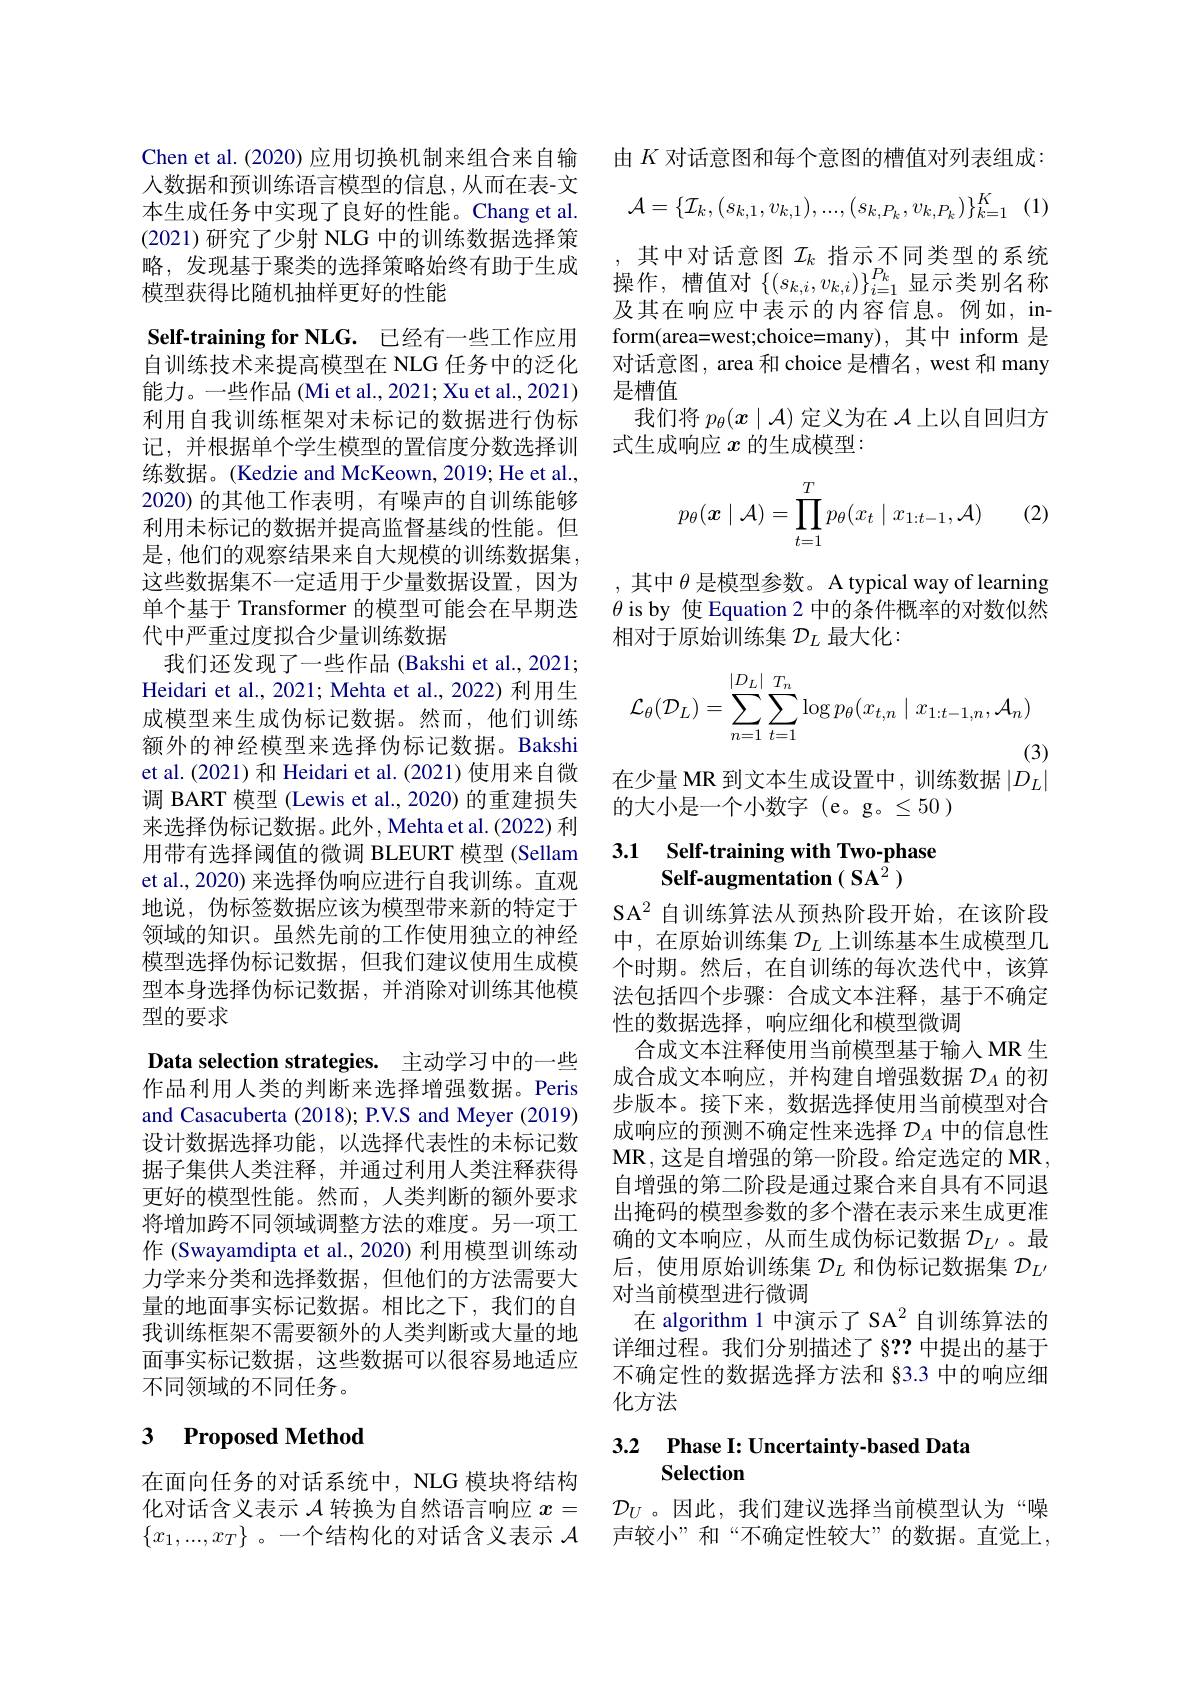
Chen et al. (2020) 应用切换机制来组合来自输人数据和预训练语言模型的信息，从而在表-文本生成任务中实现了良好的性能。Chang et al. (2021)研究了少射 NLG 中的训练数据选择策略，发现基于聚类的选择策略始终有助于生成模型获得比随机抽样更好的性能

Self-training for NLG. 已经有一些工作应用自训练技术来提高模型在 NLG 任务中的泛化能力。一些作品(Mi et al., 2021; Xu et al., 2021) 利用自我训练框架对未标记的数据进行伪标记，并根据单个学生模型的置信度分数选择训练数据。(Kedzie and McKeown, 2019; He et al., 2020)的其他工作表明，有噪声的自训练能够利用未标记的数据并提高监督基线的性能。但是，他们的观察结果来自大规模的训练数据集， 这些数据集不一定适用于少量数据设置，因为单个基于 Transformer 的模型可能会在早期迭代中严重过度拟合少量训练数据
我们还发现了一些作品 (Bakshi et al., 2021; Heidari et al., 2021; Mehta et al., 2022) 利用生成模型来生成伪标记数据。然而，他们训练额外的神经模型来选择伪标记数据。Bakshi et al.(2021) 和 Heidari et al.(2021) 使用来自微调 BART 模型 (Lewis et al.,2020) 的重建损失来选择伪标记数据。此外，Mehta et al.(2022) 利用带有选择阈值的微调 BLEURT 模型 (Sellam et al., 2020) 来选择伪响应进行自我训练。直观地说，伪标签数据应该为模型带来新的特定于领域的知识。虽然先前的工作使用独立的神经模型选择伪标记数据，但我们建议使用生成模型本身选择伪标记数据，并消除对训练其他模型的要求
Data selection strategies. 主动学习中的一些作品利用人类的判断来选择增强数据。Peris and Casacuberta (2018); P.V.S and Meyer (2019) 设计数据选择功能，以选择代表性的未标记数据子集供人类注释，并通过利用人类注释获得更好的模型性能。然而，人类判断的额外要求将增加跨不同领域调整方法的难度。另一项工作 (Swayamdipta et al., 2020) 利用模型训练动力学来分类和选择数据，但他们的方法需要大量的地面事实标记数据。相比之下，我们的自我训练框架不需要额外的人类判断或大量的地面事实标记数据，这些数据可以很容易地适应不同领域的不同任务。

# 3 Proposed Method

在面向任务的对话系统中，NLG 模块将结构化对话含义表示$\mathcal{A}$转换为自然语言响应$x=$ $\{x_1,...,x_T\}$ 。一个结构化的对话含义表示$\mathcal{A}$

由$K$对话意图和每个意图的槽值对列表组成：
$$\mathcal{A}=\{\mathcal{I}_{k},(s_{k,1},v_{k,1}),...,(s_{k,P_{k}},v_{k,P_{k}})\}_{k=1}^{K}\:(1)$$
,其中对话意图$\mathcal{I}_k$指示不同类型的系统操作，槽值对$\{(s_{k,i},v_{k,i})\}_{i=1}^{P_k}$显示类别名称及其在响应中表示的内容信息。例如，inform(area=west;choice=many),其中 inform 是对话意图，area 和 choice 是槽名，west 和 many 是槽值
我们将$p_\theta(x\mid\mathcal{A})$定义为在$\mathcal{A}$上以自回归方
式生成响应$x$的生成模型：
$$p_\theta(\boldsymbol x\mid\mathcal A)=\prod_{t=1}^Tp_\theta(x_t\mid x_{1:t-1},\mathcal A)$$
(2)

,其中$\theta$是模型参数。A typical way of learning $\theta$ is by 使 Equation 2 中的条件概率的对数似然相对于原始训练集$\mathcal{D}_L$最大化：
$$\mathcal{L}_{\theta}(\mathcal{D}_{L})=\sum_{n=1}^{|D_{L}|}\sum_{t=1}^{T_{n}}\log p_{\theta}(x_{t,n}\mid x_{1:t-1,n},\mathcal{A}_{n})$$
(3)
在少量 MR 到文本生成设置中，训练数据$|D_L|$

的大小是一个小数字(e。g。$\leq50)$

# 3.1 Self-training with Two-phase Self-augmentation ( SA$^{\hat{2}})$

SA$^{2}$自训练算法从预热阶段开始，在该阶段中，在原始训练集$\mathcal{D}_L$上训练基本生成模型几个时期。然后，在自训练的每次迭代中，该算法包括四个步骤：合成文本注释，基于不确定性的数据选择，响应细化和模型微调
合成文本注释使用当前模型基于输入 MR 生成合成文本响应，并构建自增强数据$\mathcal{D}_A$的初步版本。接下来，数据选择使用当前模型对合成响应的预测不确定性来选择$\mathcal{D}_A$中的信息性$\mathbf{MR}$,这是自增强的第一阶段。给定选定的 MR, 自增强的第二阶段是通过聚合来自具有不同退出掩码的模型参数的多个潜在表示来生成更准确的文本响应，从而生成伪标记数据$\mathcal{D}_L^{\prime}$。最后，使用原始训练集$\mathcal{D}_L$和伪标记数据集$\mathcal{D}_L^{\prime}$ 对当前模型进行微调
在 algorithm 1 中演示了 SA$^2$自训练算法的详细过程。我们分别描述了§?? 中提出的基于不确定性的数据选择方法和 §3.3 中的响应细化方法

## 3.2 Phase I: Uncertainty-based Data Selection

$\mathcal{D}_U$。因此，我们建议选择当前模型认为“噪声较小”和“不确定性较大”的数据。直觉上，